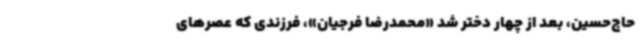
حاج‌حسین، بعد از چهار دختر شد «محمدرضا فرجیان»، فرزندی که عصرهای